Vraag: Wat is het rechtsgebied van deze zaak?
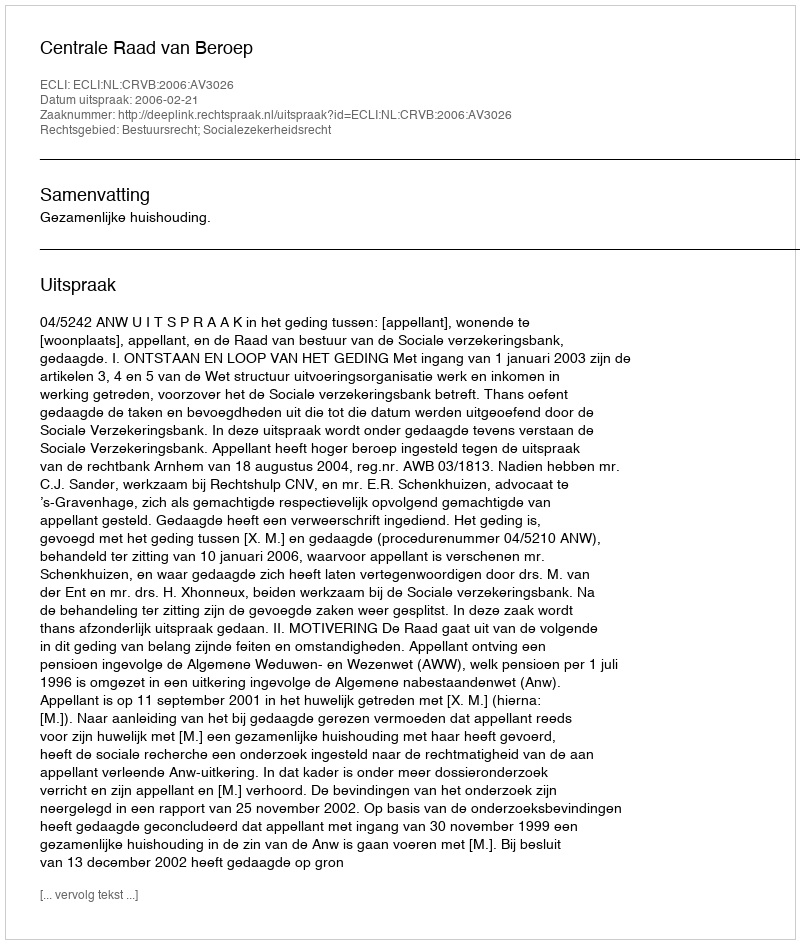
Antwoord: Bestuursrecht; Socialezekerheidsrecht